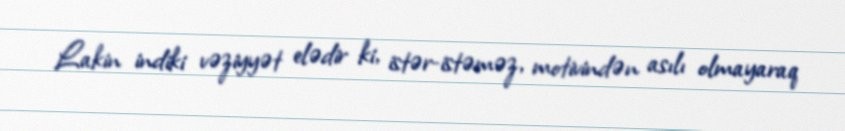
Lakin indiki vəziyyət elədir ki, istər-istəməz, motivindən asılı olmayaraq